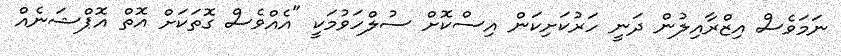
ނަމަވެސް އިޒްރާއިލުން ދަނީ ހަރުކަށިކަން އިސްކޮށް ސުލްހަވުމަކީ "އެއްވެސް ގޮތަކަށް އޮތް އޮޕްޝަނެއް